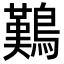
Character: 𪄿